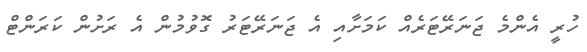
ހުރީ އެންމެ ޖަނަރޭޓަރެއް ކަމަށާއި އެ ޖަނަރޭޓަރު ގޮވުމުން އެ ރަށުން ކަރަންޓް